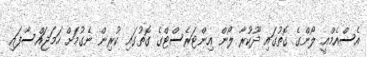
އެސްއެމްއީ ލޯންގެ ގޮތުގައި ދޫކުރާ ލޯން އިންޓަރެސްޓްގެ ގޮތުގައި ކުރިން ނެގުމަށް ހަމަޖައްސާފައި